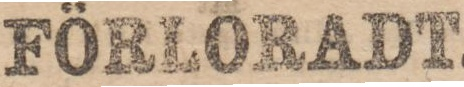
FÖRLORADT.